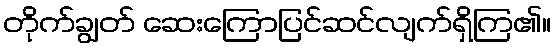
တိုက်ချွတ် ဆေးကြောပြင်ဆင်လျက်ရှိကြ၏။